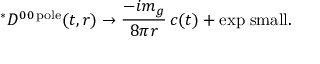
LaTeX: ^ { * } { \cal D } ^ { 0 0 \, \mathrm { p o l e } } ( t , r ) \to { \frac { - i m _ { g } } { 8 \pi r } } \, c ( t ) + \mathrm { e x p \; s m a l l } .